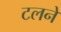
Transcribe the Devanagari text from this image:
टलने